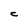
Character: C